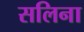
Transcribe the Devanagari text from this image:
सलिना